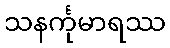
သနင်္ကုမာရဿ